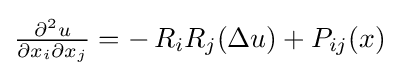
{\tfrac {\partial ^{2}u}{\partial x_{i}\partial x_{j}}}=-\,R_{i}R_{j}(\Delta u)+P_{ij}(x)